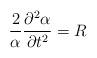
LaTeX: \begin{align*}\frac{2}{\alpha}\frac{ \partial^2 \alpha}{\partial t^2} = R\end{align*}